Report on the lunatic asylums under the Government of Bombay - 1904-1913
Year: 1904
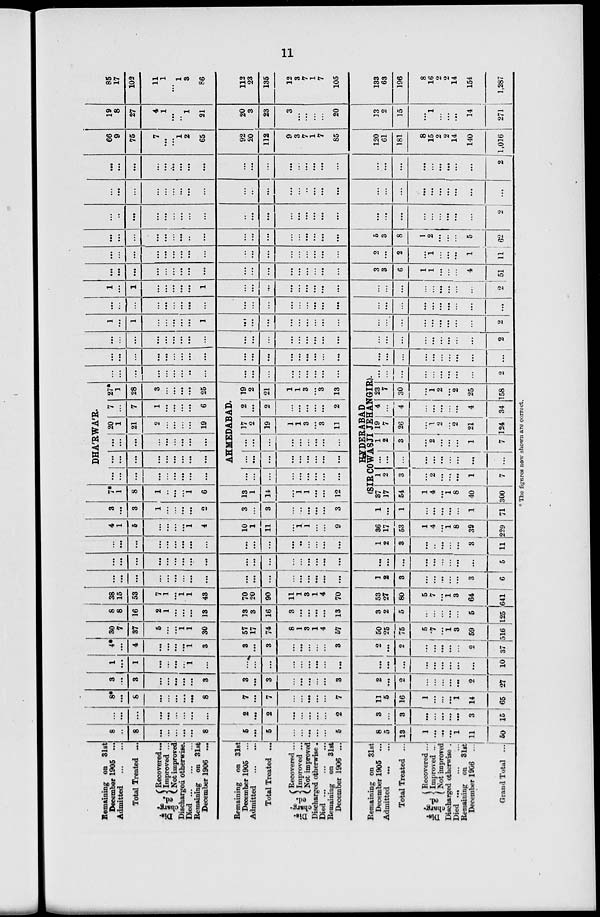
11
Remaining on 31st
December 1905 ...
Admitted
...
...
Total Treated ...
Dis-
charg-
ed.
Recovered ...
Improved ...
Not improved
Discharged otherwise.
Died
...
...
...
Remaining on 31st
December 1906 ...
Remaining on 31st
December 1905 ...
Admitted
...
...
Total Treated ...
Dis-
charg-
ed.
Recovered ...
Improved ...
Not improved
Discharged otherwise.
Died
...
...
...
Remaining on 31st
December 1906 ...
Remaining on 31st
December 1905 ...
Admitted
...
...
Total Treated ...
Dis-
charg-
ed.
Recovered ...
Improved ...
Not improved
Discharged otherwise .
Died
...
...
Remaining on 31st
December 1906 ...
Grand Total
...
8
...
8
...
...
...
...
...
8
5
...
5
...
...
...
...
...
5
8
5
13
1
...
...
...
1
11
50
...
...
...
...
...
...
...
...
...
2
...
2
...
...
...
...
...
2
3
...
3
...
...
...
...
...
3
15
8*
...
8
...
...
...
...
...
8
7
...
7
...
...
...
...
...
7
11
5
16
1
...
...
...
1
14
65
3
...
3
...
...
...
...
...
3
3
...
3
...
...
...
...
...
3
2
...
2
...
...
...
...
...
2
27
1
...
1
...
...
...
...
1
...
...
...
...
...
...
...
...
...
...
...
...
...
...
...
...
...
...
...
10
4*
...
4
...
...
...
...
1
3
3
...
3
...
...
...
...
...
3
2
...
2
...
...
...
...
...
2
37
30
7
37
5
...
...
1
1
30
57
17
74
8
1
3
1
4
57
50
25
75
5
7
...
1
3
59
516
8
8
16
2
1
...
...
...
13
13
3
16
3
...
...
...
...
13
3
2
5
...
...
...
...
...
5
125
38
15
53
7
1
...
1
1
43
70
20
90
11
1
3
1
4
70
53
27
80
5
7
...
1
3
64
641
...
...
...
...
...
...
...
...
...
...
...
...
...
...
...
...
...
...
1
2
3
...
...
...
...
...
3
6
...
...
...
...
...
...
...
...
...
...
...
...
...
...
...
...
...
...
...
...
...
...
...
...
...
...
...
5
...
...
...
...
...
...
...
...
...
...
...
...
...
...
...
...
...
1
2
3
...
..
...
...
...
3
11
4
1
5
...
...
...
...
1
4
10
1
11
...
1
1
...
...
9
36
17
53
1
4
...
1
8
39
229
3
...
3
1
...
...
...
...
2
3
...
3
...
...
...
...
...
3
1
...
1
...
...
...
...
...
1
71
7*
1
8
1
...
...
...
1
6
13
1
14
...
1
1
...
...
12
DHÁRWÁR.
...
...
...
...
...
...
...
...
...
...
...
...
...
...
...
...
...
...
...
...
...
...
...
...
...
...
...
20
1
21
2
...
...
...
...
19
7
...
7
1
...
...
...
...
6
27
1
28
3
...
...
...
...
25
AHMEDABAD.
...
...
...
...
...
...
...
...
...
...
...
...
...
...
...
...
...
...
...
...
...
...
...
...
...
...
...
17
2
19
1
1
3
...
3
11
2
...
2
...
...
...
...
...
2
19
2
21
1
1
3
...
3
13
...
...
...
...
...
...
...
...
...
...
...
...
...
...
...
...
...
...
HYDERABAD
(SIR COWASJI JEDANGIR).
37
17
54
1
4
...
1
8
40
300
1
2
3
...
2
...
...
...
1
7
...
...
...
...
...
...
...
...
...
...
1
2
3
...
2
...
...
...
1
7
19
7
26
...
1
2
...
2
21
124
4
...
4
...
...
...
...
...
4
34
23
7
30
...
1
2
...
2
25
158
...
...
...
...
...
...
...
...
...
2
...
...
...
...
...
...
...
...
...
...
...
...
...
...
...
...
...
...
...
...
...
...
...
...
...
...
...
...
...
...
...
...
...
...
...
...
...
...
...
...
...
...
...
...
...
...
...
...
...
...
...
...
...
...
...
2
1
...
1
...
...
...
...
...
1
...
...
...
...
...
...
...
...
...
...
...
...
...
...
...
...
...
...
2
...
...
...
...
...
...
...
...
...
...
...
...
...
...
...
...
...
...
...
...
...
...
...
...
...
...
...
...
1
...
1
...
...
...
...
...
1
...
...
...
...
...
...
...
...
...
...
...
...
...
...
...
...
...
...
2
...
...
...
...
...
...
...
...
...
...
...
...
...
...
...
...
...
...
3
3
6
1
1
...
...
...
4
51
...
...
...
...
...
...
...
...
...
...
...
...
...
...
...
...
...
...
2
...
2
...
1
...
...
...
1
11
...
...
...
...
...
...
...
...
...
...
...
...
...
...
...
...
...
...
5
3
8
1
2
...
...
...
5
62
...
...
...
...
...
...
...
...
...
...
...
...
...
...
...
...
...
...
...
...
...
...
...
...
...
...
...
2
...
...
...
...
...
...
...
...
...
...
...
...
...
...
...
...
...
...
...
...
...
...
...
...
...
...
...
...
...
...
...
...
...
...
...
...
...
...
...
...
...
...
...
...
...
...
...
...
...
...
...
...
...
...
2
66
9
75
7
...
...
1
2
65
92
20
112
9
3
7
1
7
85
120
61
181
8
15
2
2
14
140
1,016
19
8
27
4
1
...
...
1
21
20
3
23
3
...
...
...
...
20
13
2
15
...
1
...
...
14
271
85
17
102
11
1
...
1
3
86
112
23
135
12
3
7
1
7
105
133
63
196
8
16
2
2
14
154
1,287
* The fignres now shown are correct.